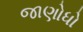
જાણોધો